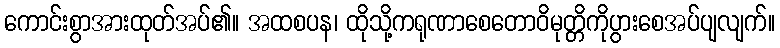
ကောင်းစွာအားထုတ်အပ်၏။ အထစပန၊ ထိုသို့ကရုဏာစေတောဝိမုတ္တိကိုပွားစေအပ်ပျလျက်။